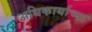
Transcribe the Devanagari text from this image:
अधिकार्याच्या